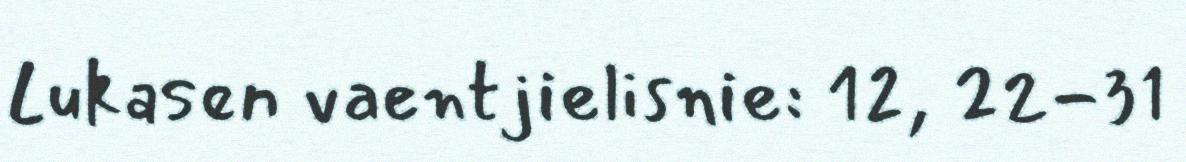
Lukasen vaentjielisnie: 12, 22-31